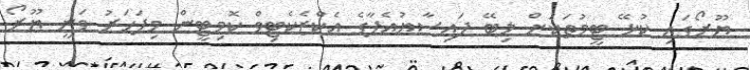
ޔޫރޯގައި ކުޅޭ ޓީމުތަކަށް ލިބޭ ފައިސާޔުއެފާގެ އެކްޒެކެޓިވް ކޮމިޓީން މިފަހަރު ވަނީ ޔޫރޯ